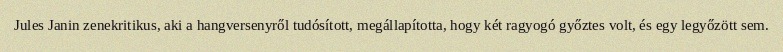
Jules Janin zenekritikus, aki a hangversenyről tudósított, megállapította, hogy két ragyogó győztes volt, és egy legyőzött sem.